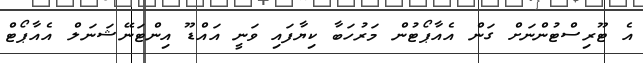
އެ ޓޫރިސްޓުންނަށް ގަން އެއާޕޯޓުން މަރުހަބާ ކިޔާފައި ވަނީ އައްޑޫ އިންޓަނޭޝަނަލް އެއާޕޯޓް